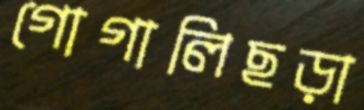
গোগালিছড়া